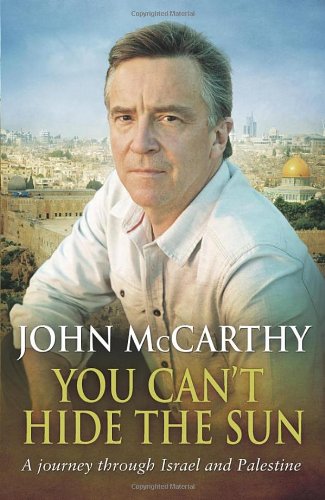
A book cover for You Can't Hide The Sun: A Journey through Palestine; John McCarthy; Travel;